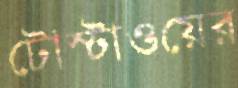
টোস্টাওয়ের